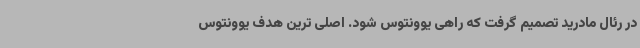
در رئال مادرید تصمیم گرفت که راهی یوونتوس شود. اصلی ترین هدف یوونتوس